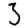
Digit: 3